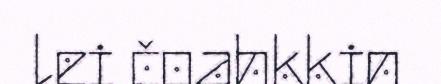
lei čoahkkin